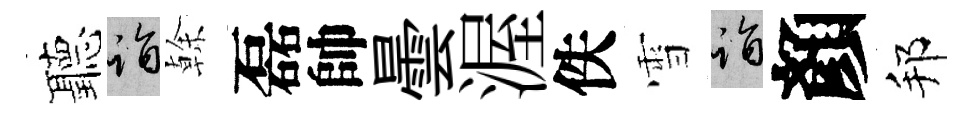
聽诣𠏉磊帥曇渥佚雪诣顏邦